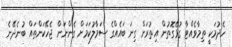
ހެދުމަކީ ތިމާވެއްޓާ ގުޅޭގޮތުން އިތުރަށް ގިނަ ބައެއްގެ ސަމާލުކަމަށް ގެންނަން ޖެހޭކަންތައް ބުނެދޭނެ